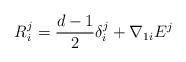
LaTeX: \begin{align*} R_i^j = {d-1\over 2}\delta_i^j + {\nabla_1}_iE^j\end{align*}